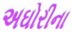
અઘોરીના